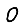
Digit: 0